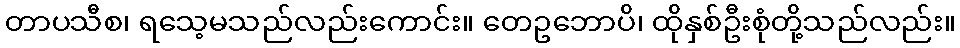
တာပသီစ၊ ရသေ့မသည်လည်းကောင်း။ တေဥဘောပိ၊ ထိုနှစ်ဦးစုံတို့သည်လည်း။